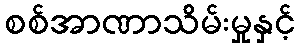
စစ်အာဏာသိမ်းမှုနှင့်